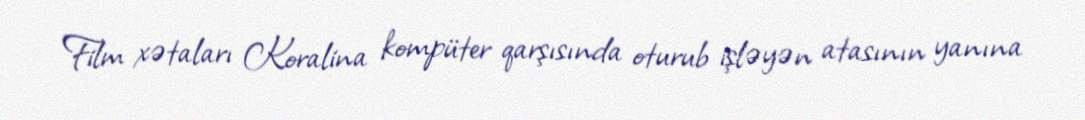
Film xətaları Koralina kompüter qarşısında oturub işləyən atasının yanına